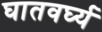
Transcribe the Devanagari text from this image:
घातवर्घ्य